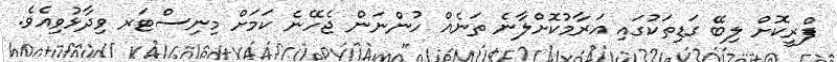
ފްރީކޮށް ލިބޭ ގަޑިތަކުގައި އަރާމުކޮށްލާނެ ތަނެއް ހުންނަން ޖެހޭނެ ކަމަށް މިނިސްޓަރ ވިދާޅުވިއެވެ.